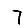
Digit: 7